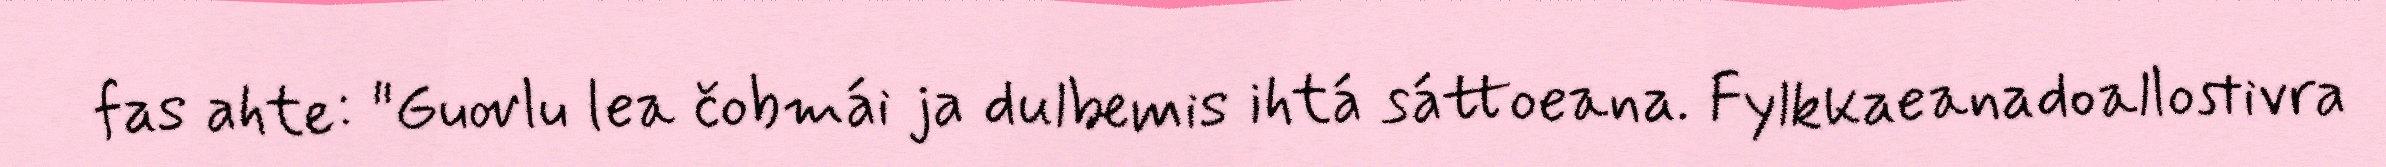
fas ahte: "Guovlu lea čobmái ja dulbemis ihtá sáttoeana. Fylkkaeanadoallostivra